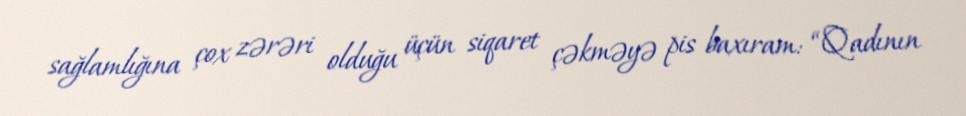
sağlamlığına çox zərəri olduğu üçün siqaret çəkməyə pis baxıram: “Qadının